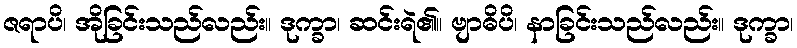
ဇရာပိ၊ အိုခြင်းသည်လည်း။ ဒုက္ခာ၊ ဆင်းရဲ၏။ ဗျာဓိပိ၊ နာခြင်းသည်လည်း။ ဒုက္ခာ၊